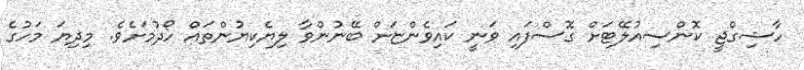
ހާޝިގްޖީ ކޮންސިއުލޭޓަށް ގޮސްފައި ވަނީ ކައިވެންޏަށް ބޭނުންވާ ލިޔެކިޔުންތައް ހޯދުމަށެވެ. މިދިޔަ މަހުގެ